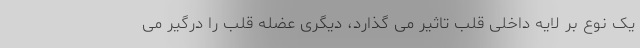
یک نوع بر لایه داخلی قلب تاثیر می گذارد، دیگری عضله قلب را درگیر می